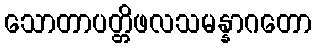
သောတာပတ္တိဖလသမန္နာဂတော